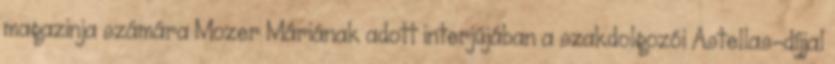
magazinja számára Mozer Máriának adott interjújában a szakdolgozói Astellas-díjjal